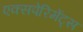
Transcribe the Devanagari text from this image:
एक्सपेरिमेंट्स